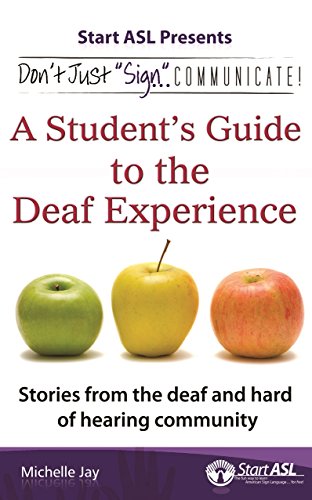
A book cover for Don't Just "Sign"... Communicate!: A Student's Guide to the Deaf Experience; Reference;